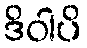
ဒိဝါပိ